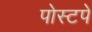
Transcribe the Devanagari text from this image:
पोस्टपे